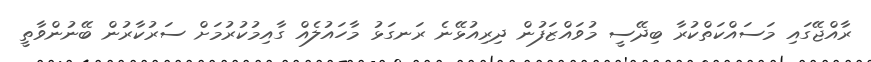
ރާއްޖޭގައި މަސައްކަތްކުރާ ބިދޭސީ މުވައްޒަފުން ދިރިއުޅޭނެ ރަނގަޅު މާހައުލެއް ގާއިމުކުރުމަށް ސަރުކާރުން ބޭނުންވާތީ